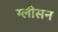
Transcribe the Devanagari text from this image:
ग्‍लीसन